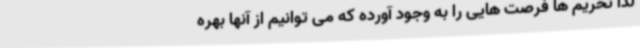
لذا تحریم ها فرصت هایی را به وجود آورده که می توانیم از آنها بهره